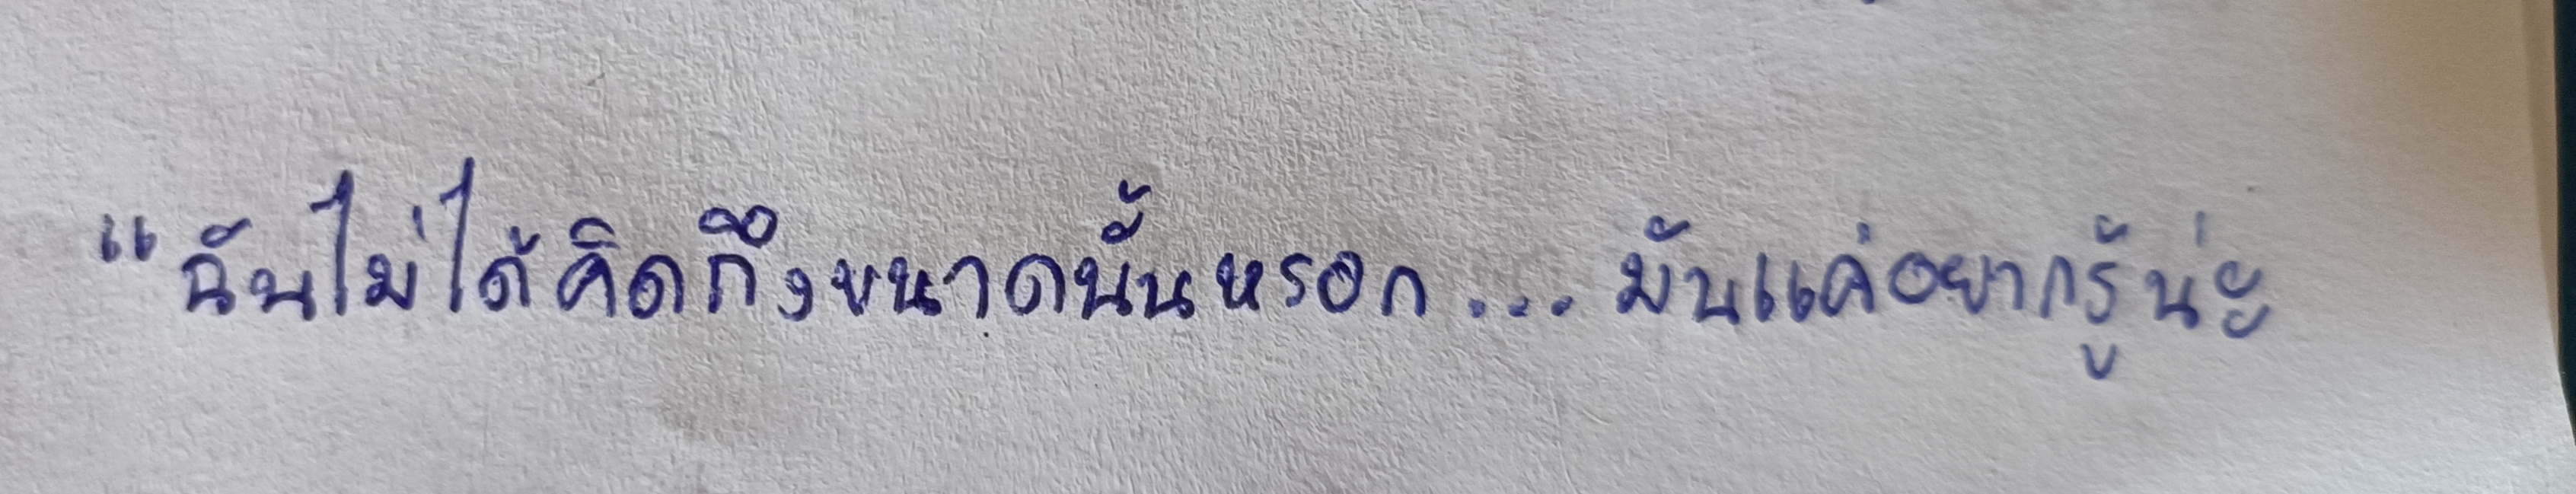
"ฉันไม่ได้คิดถึงขนาดนั้นหรอก...มันแค่อยากรู้น่ะ